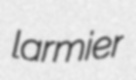
larmier